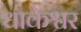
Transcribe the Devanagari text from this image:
धाकेश्वर